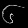
Digit: ၆